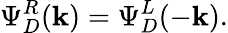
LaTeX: \Psi_{D}^{R}(\mathbf{k})=\Psi_{D}^{L}(-\mathbf{k}).